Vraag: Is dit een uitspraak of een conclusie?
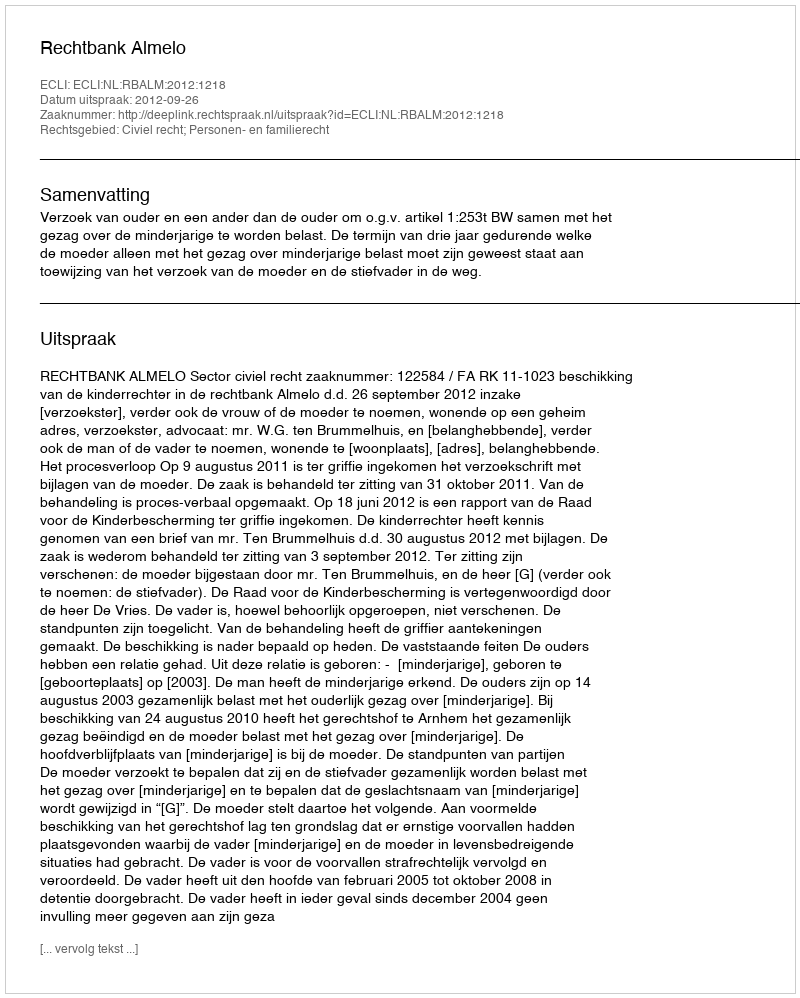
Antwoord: Uitspraak